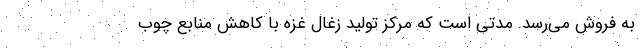
به فروش می‌رسد. مدتی است که مرکز تولید زغال غزه با کاهش منابع چوب